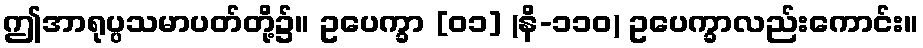
ဤအာရုပ္ပသမာပတ်တို့၌။ ဥပေက္ခာ [၀၁] (နိ-၁၁၀) ဥပေက္ခာလည်းကောင်း။